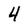
Character: 4